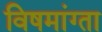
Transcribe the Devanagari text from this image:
विषमांग्ता